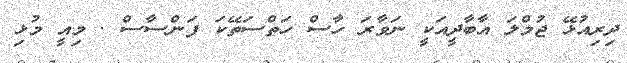
ދިރިއުޅޭ ޖުމްލަ އާބާދީއަކީ ނަވާރަ ހާސް ހަތްސަތޭކަ ފަންސާސް . މިއީ މުޅި